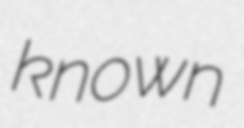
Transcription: known